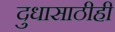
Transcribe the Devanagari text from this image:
दुधासाठीही